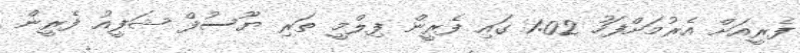
ފެރީއަށް އެރުމަށްފަހު 1:02 ގައި ފެރީން ފިލްމީ ތަރި ޔޫސުފް ޝަފީއު ފެރީން